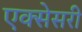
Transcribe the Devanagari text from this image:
एक्सेसरी